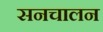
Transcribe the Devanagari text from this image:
सनचालन